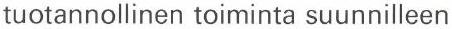
tuotannollinen toiminta suunnilleen